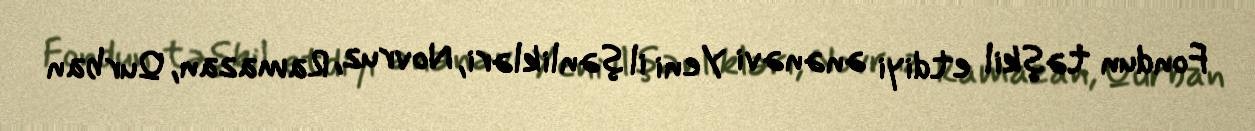
Fondun təşkil etdiyi ənənəvi Yeni il şənlikləri, Novruz, Ramazan, Qurban